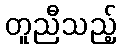
တူညီသည့်